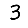
Digit: 3